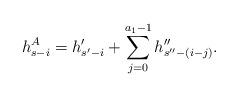
LaTeX: \begin{align*}h^{A}_{s-i}=h'_{s'-i}+\sum_{j=0}^{a_1-1}h''_{s''-(i-j)}.\end{align*}